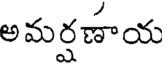
అమర్షణాయ